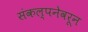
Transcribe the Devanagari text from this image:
संकल्पनेवरून